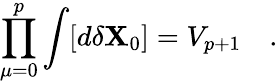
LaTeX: \prod_{\mu=0}^{p}\int[d\delta{\mathbf X}_{0}]=V_{p+1}\quad.